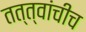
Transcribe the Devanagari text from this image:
तत्त्वांचीच